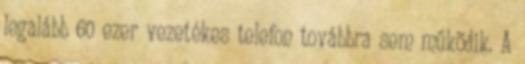
legalább 60 ezer vezetékes telefon továbbra sem működik. A